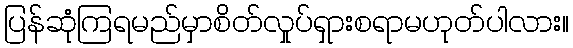
ပြန်ဆုံကြရမည်မှာစိတ်လှုပ်ရှားစရာမဟုတ်ပါလား။